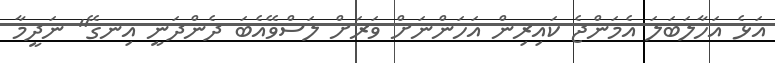
އަޅެ އަހާލަބަލަ އެމަންޖެ ކައިރިން އަހަންނަށް ވަރަށް ލަސްވޭއެބަ ދެންދަނީ އިނގޭ" ނަދީމާ